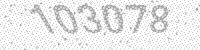
Solution: 103078